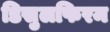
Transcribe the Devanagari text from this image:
डिसुलफिरम